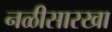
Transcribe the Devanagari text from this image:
नळीसारखा